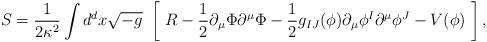
LaTeX: \begin{align*}S = \frac1{2\kappa^2}\int d^dx\sqrt{-g}\ \left[ \ R-\frac12\partial_\mu\Phi\partial^\mu\Phi -\frac12g_{IJ}(\phi)\partial_\mu\phi^I\partial^\mu\phi^J-V(\phi) \ \right],\end{align*}